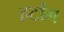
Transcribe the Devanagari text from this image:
हर्टांग